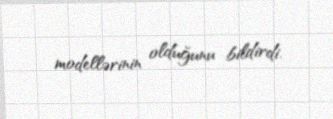
modellərinin olduğunu bildirdi.